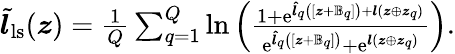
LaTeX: \begin{array}{r}{\tilde{\boldsymbol{l}}_{\mathrm{ls}}(\boldsymbol{z})=\frac{1}{Q}\sum_{q=1}^{Q}\ln\left(\frac{1+\mathrm{e}^{\boldsymbol{\hat{l}}_{q}\left([\boldsymbol{z}+\mathbb{B}_{q}]\right)+\boldsymbol{l}(\boldsymbol{z}\oplus\boldsymbol{z}_{q})}}{\mathrm{e}^{\boldsymbol{\hat{l}}_{q}\left([\boldsymbol{z}+\mathbb{B}_{q}]\right)}+\mathrm{e}^{\boldsymbol{l}(\boldsymbol{z}\oplus\boldsymbol{z}_{q})}}\right).}\end{array}